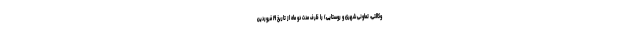
وکالتی، تعاونی شهری و روستایی) را ظرف مدت دو ماه از تاریخ ۱۹ فروردین